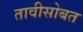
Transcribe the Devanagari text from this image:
तावीसोबत